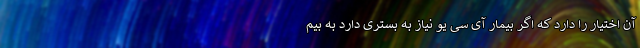
آن اختیار را دارد که اگر بیمار آی سی یو نیاز به بستری دارد به بیم